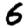
Digit: 6